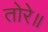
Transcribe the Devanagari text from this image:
तोरे॥